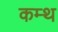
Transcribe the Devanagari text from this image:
कम्थ